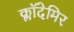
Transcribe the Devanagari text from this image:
क्लॉदेमिर